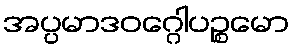
အပ္ပမာဒဝဂ္ဂေါပဉ္စမော